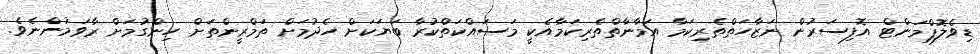
ޑިވެލޮޕްމަންޓް އޮފިސަރުން ނަޒާހަތްތެރިކަމާ އަމާނާތްތެރިކަމާއެކީ މަސައްކަތްކުރާ ބަޔަކަށް ހެދުމަށް ތަމްރީންތަށް ހިންގުމަށް ރާވަމުންނެވެ.